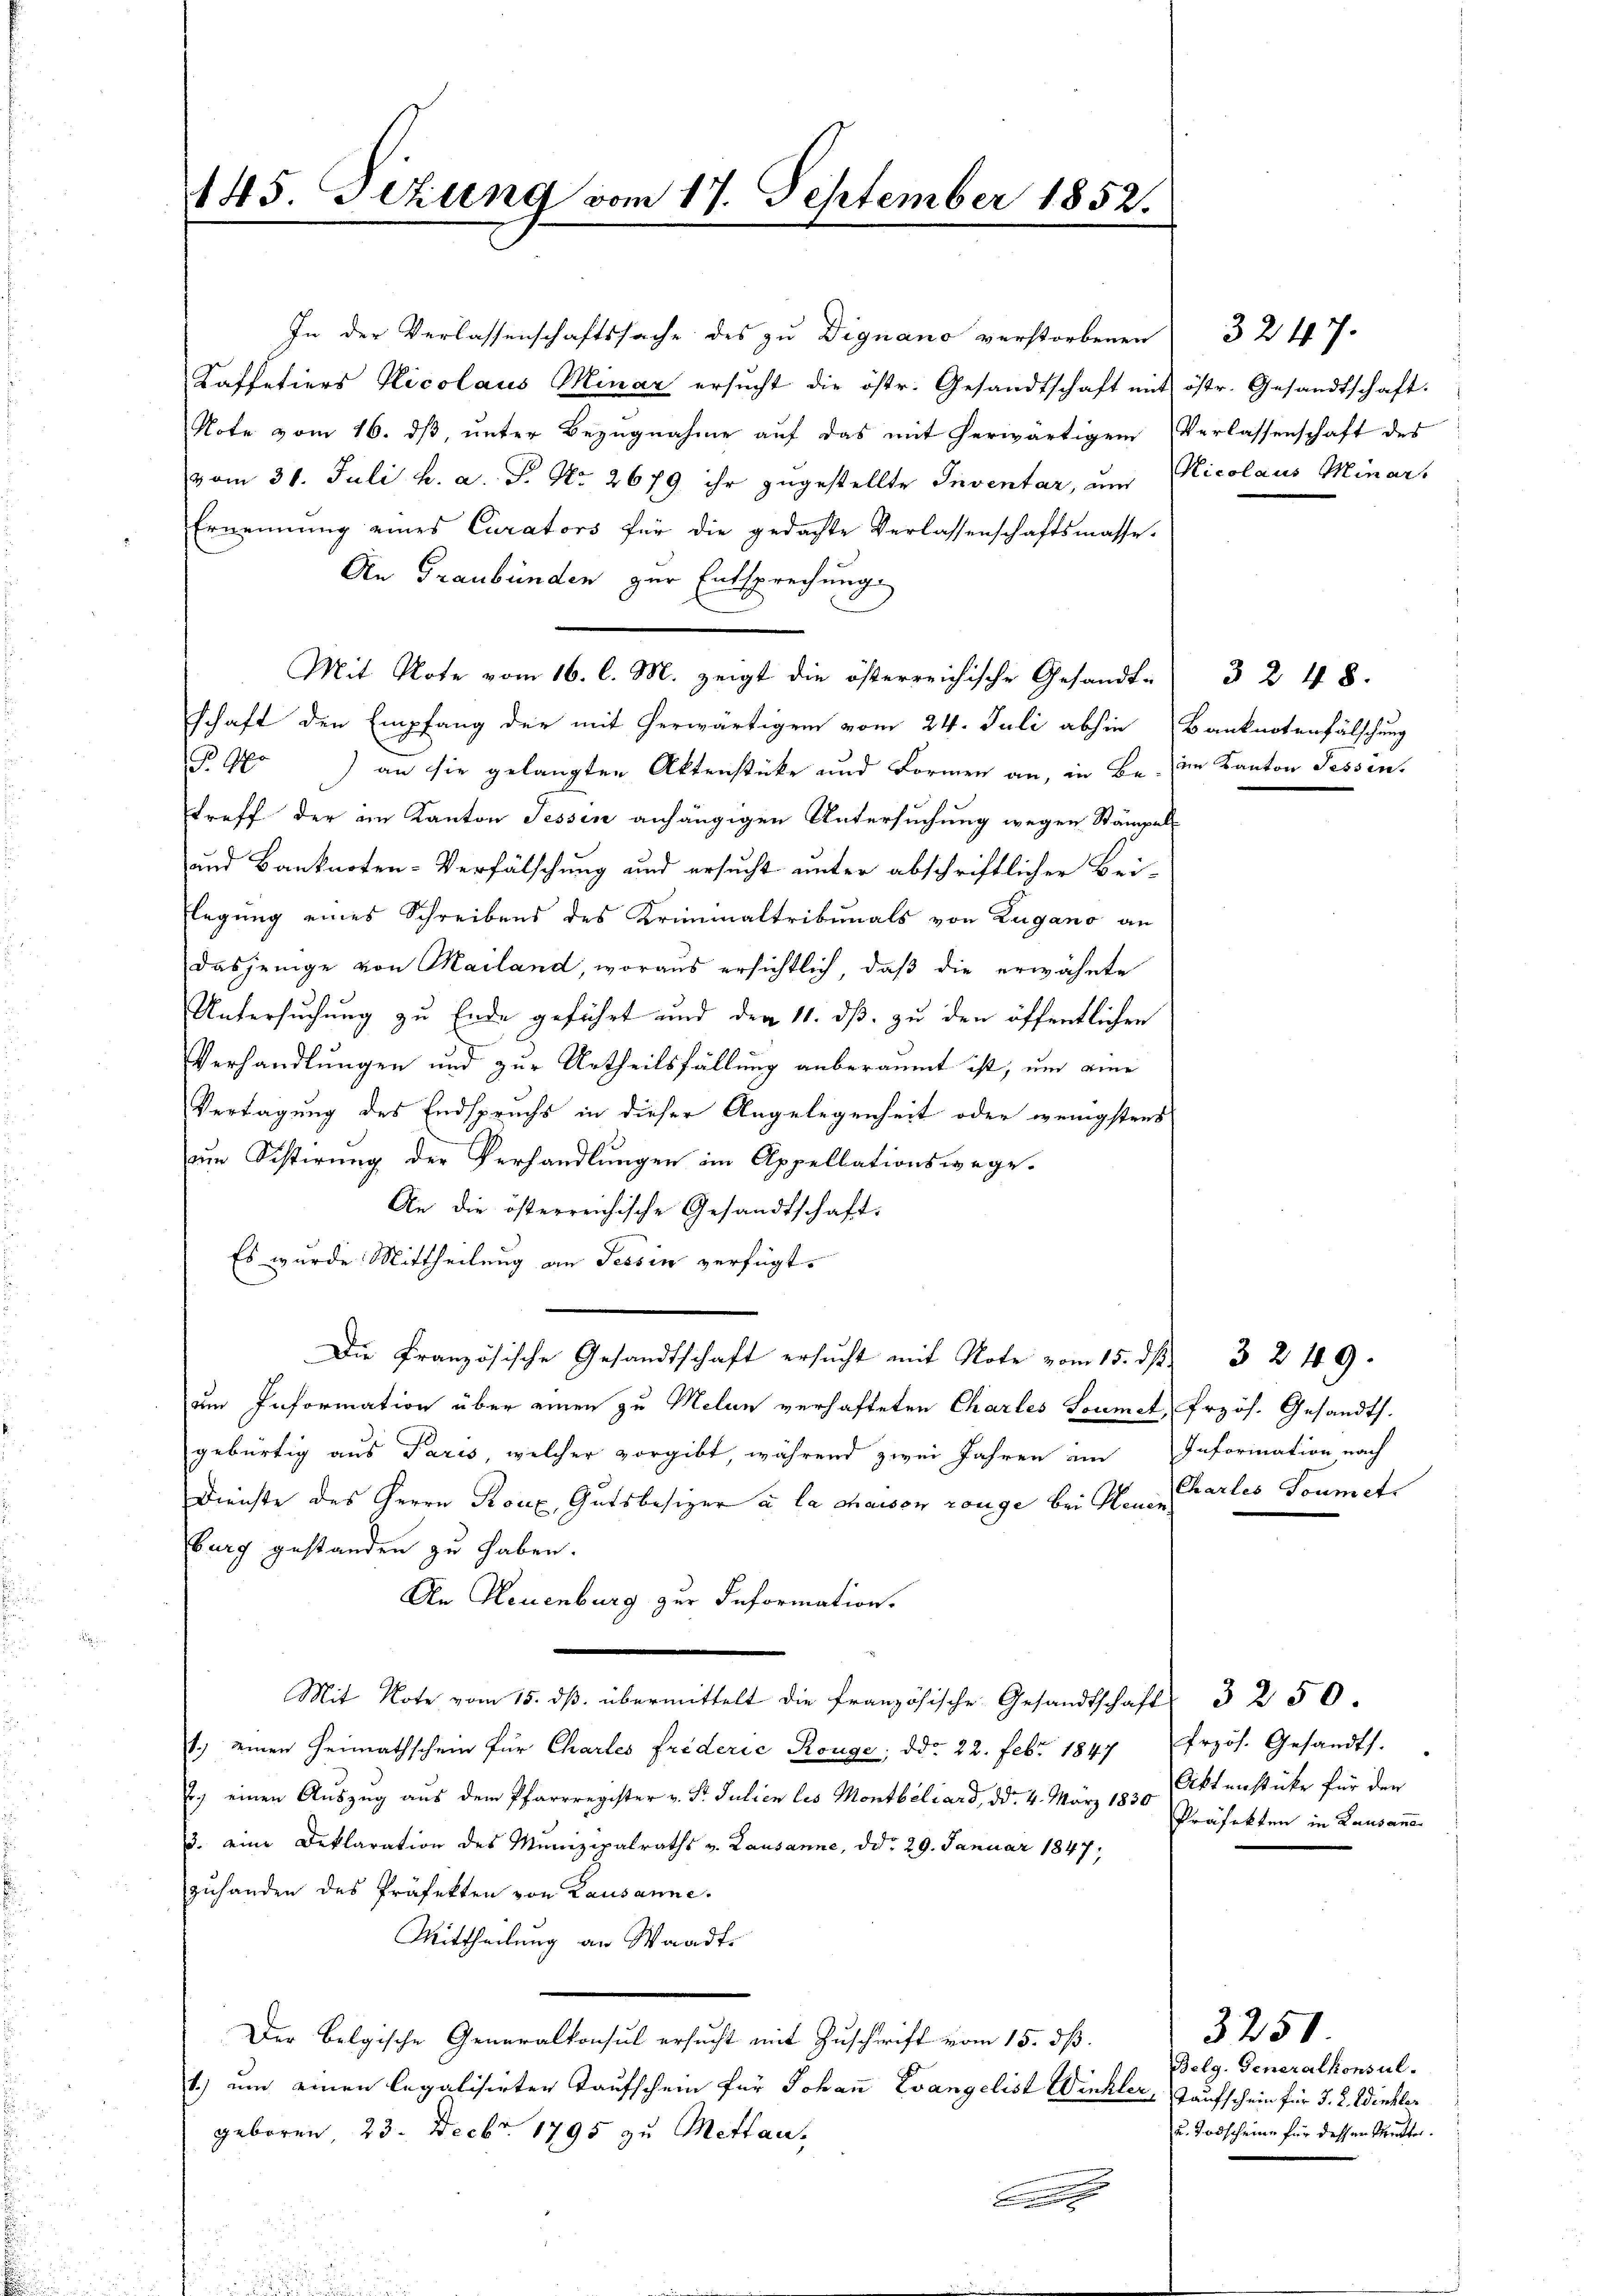
145. Fezung vom 17. September 1852.

In der Verlassenschaftssache des zu Dignano verstorbenen
Kaffetiers Nicolaus Minar ersucht die östr. Gesandtschaft mit östr. Gesandtschaft.
Note vom 16. dβ, ŭnter Bezŭgnahme aŭf das mit herwärtigem Verlassenschaft des
vom 31. Juli h. a. P. Nr. 2679 ihr zugestellte Inventar, um Nicolaus Minars
Ernennung eines Curators für die gedachte Verlassenschaftsmasse.
An Graubünden zur Entsprechung
Mit Note vom 16. l. M. zeigt die österreichische Gesandt-
schaft den Empfang der mit herwärtigen vom 24. Juli abhin (Banknotenfälschung
P. 900 an sie gelangten Aktenstücke und Formen an, in Beim Kanton Tessin,
treff der am Kanton Tessin anhängigen Untersuchung wegen Stämpel-
und Banknoten-Verfälschung und ersucht unter abschriftlichen Bei-
flegung eines Schreibens des Krimialtribunals von Lugano an
dasjenige von Mailand, woraus ersichtlich, daß die erwähnte
Untersuchung zu Ende geführt und den 11. dß. zu den öffentlichen
Verhandlungen und zur Urtheilsfällung anberaumt ist, um eine
Vertagung des Endspruchs in dieser Angelegenheit oder wenigstens
um Sistirung der Verhandlungen im Appellationswege.
An die österreichische Gesandtschaft.
Es wurde Mittheilung an Tessin verfügt:
Die Französische Gesandtschaft ersucht mit Note vom 15. ds.
um Information über einen zu Melon verhafteten Charles Loumet, frzös. Gesandts.
gebürtig aus Paris, welcher vorgibt, während zwei Jahren im Information nach
Dienste des Herrn Rorx, Gutsbesizer à la chaison range bei Herz (Karles Soumet
burg gestanden zu haben.
An Neuenburg zur Information.
Mit Note vom 15. dβ übermittelt die französische Gesandtschaft 32 50.
1.) einen Heimathschein für Chartes Friderić Rouge, ddo 22. Febr. 1847 frzös. Gesandts.
2. einen Auszug aus dem Pfarrregister v. Fr. Julien les Montbiliard, dd. 4. März 1830 Aktenstücke für den
3. eine Deklaration des Munizipalraths v. Lausanne, d d. 29. Januar 1847,
zuhanden des Präfekten von Lausanne.
Mittheilung an Waadt.
Der Belgische Generalkonsul ersucht mit Zuschrift vom 15. dß.
1.) um einen legalisirten Taufschein für Johann Evangelist Winkler, Taufschein für d. 2. Winkler
geboren 23. Decbr. 1795 zu Mittan-

3 248.

3 249.

Präfekten in Lausaner

3247.

3251
Belg. Generalkonsul.
u. Todscheine für dessen Mutter.